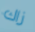
زاك